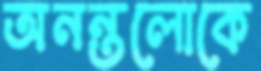
অনন্তলোকে